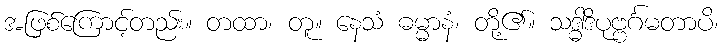
အဖြစ်ကြောင့်တည်း။ တထာ၊ တူ။ နေသံ ဓမ္မာနံ၊ တို့၏။ သဒ္ဓါဒိပုဗ္ဗင်္ဂမတာပိ၊